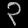
Digit: ၃